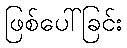
ဖြစ်ပေါ်ခြင်း